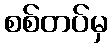
စစ်တပ်မှ